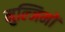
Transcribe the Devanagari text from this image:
मुल्जिमों